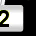
Digit: 2